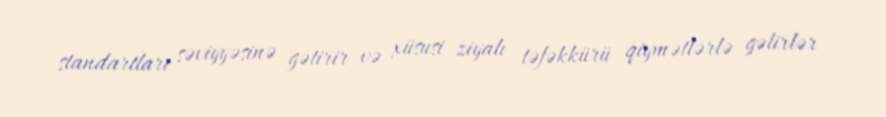
standartları səviyyəsinə gətirir və xüsusi ziyalı təfəkkürü qiymətlərlə gəlirlər